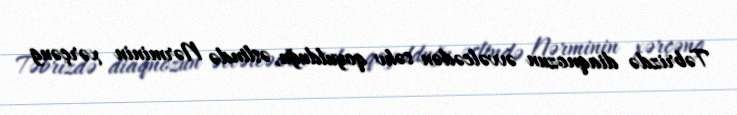
Təbrizdə diaqnozun əvvəlcədən səhv qoyulduğu, əslində Nərminin xərçəng